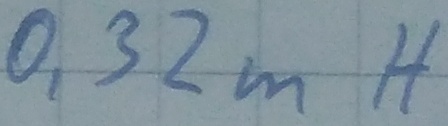
Text: 0,32mH